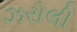
ઝરોલી